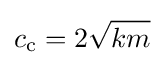
c_{\text{c}}=2{\sqrt {km}}